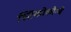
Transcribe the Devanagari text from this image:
स्टिंकोकौम्बे